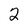
Character: 2